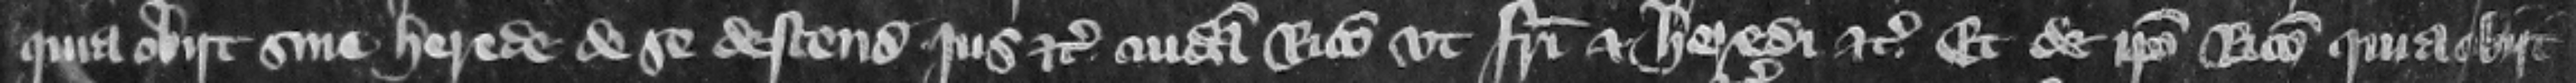
quia obiit sine herede de se descendit jus etc. cuidam Ricardo vt fratri et heredi etc. et de ipso Ricardo quia obiit